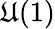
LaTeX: \mathfrak{U}(1)